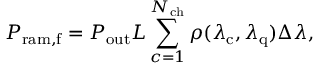
P _ { \mathrm { r a m , f } } = P _ { \mathrm { o u t } } L \sum _ { c = 1 } ^ { N _ { \mathrm { c h } } } \rho ( \lambda _ { \mathrm { c } } , \lambda _ { \mathrm { q } } ) \Delta \lambda ,